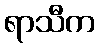
ရာသီက